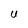
Character: U